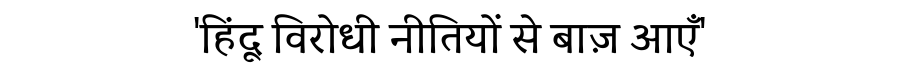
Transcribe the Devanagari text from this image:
'हिंदू विरोधी नीतियों से बाज़ आएँ'